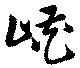
峡